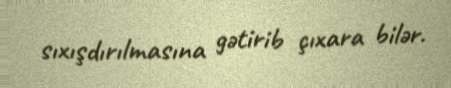
sıxışdırılmasına gətirib çıxara bilər.